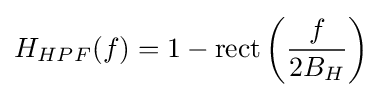
H_{HPF}(f)=1-\operatorname {rect} \left({\frac {f}{2B_{H}}}\right)